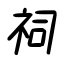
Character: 祠